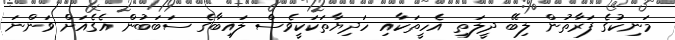
މަނިކުގެ ފަރާތުން ލިބޭ ދީލަތި އެހީތަކާއި ހަދިޔާތަކަކީވެސް ލައިބާގެ ސަބަބުން އެގެއަށް ވަންނަ